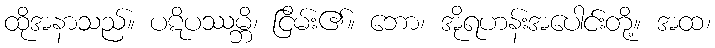
ထိုအနာသည်။ ပဋိပဿမ္ဘိ၊ ငြိမ်း၏။ ဘော၊ အိုရဟန်းအပေါင်းတို့။ အထ၊